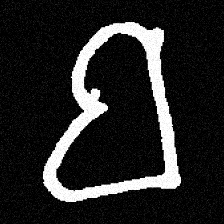
Pyu character \u2014 Myanmar letter: ဗ (romanized: ba)